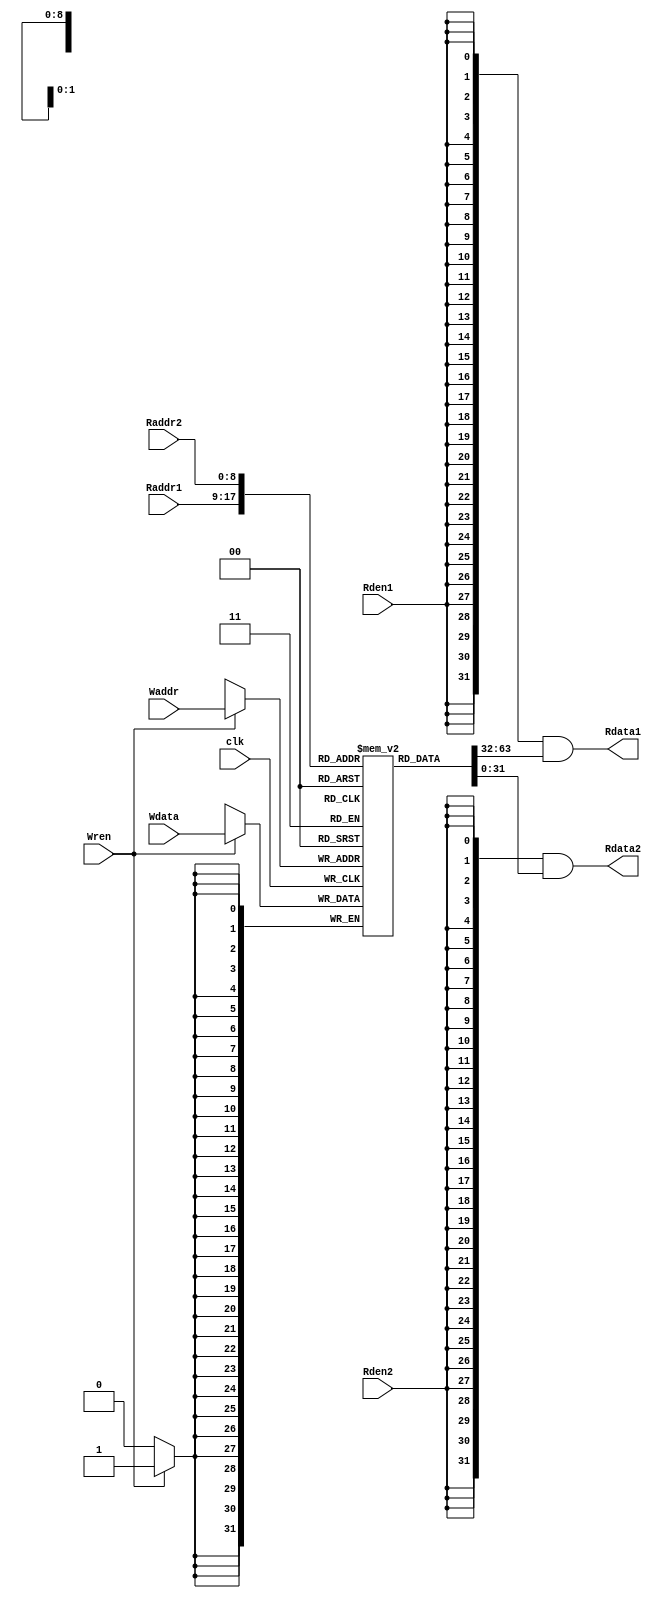
/* =========================================
* Ideal Memory Module for MIPS CPU Core
* Synchronize write (clock enable)
* Asynchronize read (do not use clock signal)
*
* Version: v0.0.1
*===========================================
*/

`timescale 1 ps / 1 ps

// 2 ^ 11 = 2048 bytes
// 2 ^ ( 11 - 2 ) = 612 words
// 11 bytes addr
//  9 words addr

module ideal_mem #(
	parameter ADDR_WIDTH = 11,
	parameter MEM_WIDTH = 2 ** (ADDR_WIDTH - 2)
	) (
	input			clk,			//source clock of the MIPS CPU Evaluation Module

	input [ADDR_WIDTH - 3:0]	Waddr,			//Memory write port address
	input [ADDR_WIDTH - 3:0]	Raddr1,			//Read port 1 address
	input [ADDR_WIDTH - 3:0]	Raddr2,			//Read port 2 address

	input			Wren,			//write enable
	input			Rden1,			//port 1 read enable
	input			Rden2,			//port 2 read enable

	input [31:0]	Wdata,			//Memory write data
	output [31:0]	Rdata1,			//Memory read data 1
	output [31:0]	Rdata2			//Memory read data 2
);

reg [31:0]	mem [MEM_WIDTH - 1:0];

`ifdef MIPS_CPU_SIM

	initial begin
	//Add memory initialization here

	//pass: fib pascal mov-c sum max min3 add switch if-else bubble-sort quick-sort select-sort
	//fail: 
	`include "/home/dingshizhe/Documents/CCP_Exp/happy_summer_holiday/risc-v-cpu-test/sim2/quick-sort.vh"

	end
	always@(posedge clk) begin
	    if(mem[2] == 32'd0) begin
	    $display("pass");
	    $finish;
	    end
	    else if(mem[2] == 32'd1) begin
	    $display("fail");
	    $finish;
	    end
    end
`endif

always @ (posedge clk)
begin
	if (Wren)
		mem[Waddr] <= Wdata;
end

assign Rdata1 = {32{Rden1}} & mem[Raddr1];
assign Rdata2 = {32{Rden2}} & mem[Raddr2];

endmodule